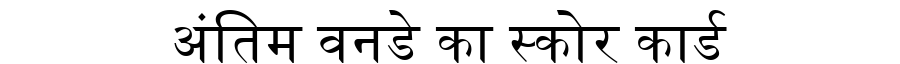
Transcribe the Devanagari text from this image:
अंतिम वनडे का स्कोर कार्ड